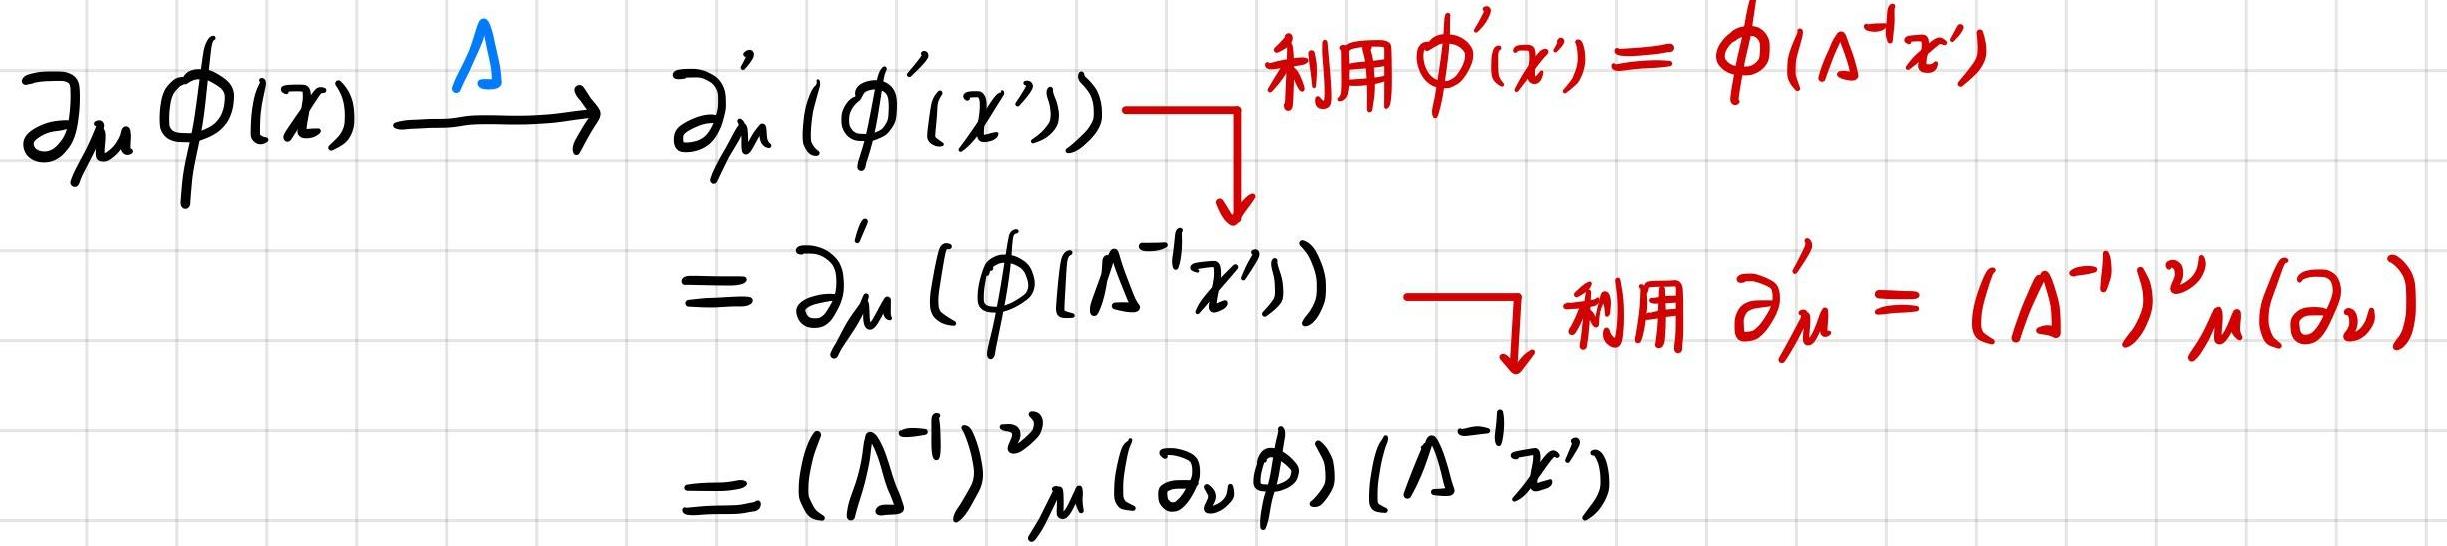
\partial_{\mu}\phi(x)\xrightarrow{\Lambda}\partial_{\mu}'(\phi'(x'))\(&\xrightarrow{\)利用\( \phi'(x') = \phi(\Lambda^{-1}x')}\partial_{\mu}'(\phi(\Lambda^{-1}x'))\)\\
\(&\xrightarrow{\)利用\( \partial_{\mu}' = (\Lambda^{-1})^{\nu}_{\mu}(\partial_{\nu})}(\Lambda^{-1})^{\nu}_{\mu}(\partial_{\nu}\phi)(\Lambda^{-1}x')\)